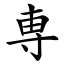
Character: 専